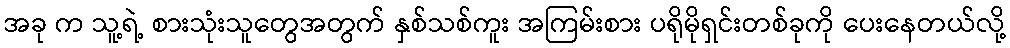
အခု က သူ့ရဲ့ စားသုံးသူတွေအတွက် နှစ်သစ်ကူး အကြမ်းစား ပရိုမိုရှင်းတစ်ခုကို ပေးနေတယ်လို့